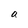
Character: a